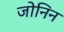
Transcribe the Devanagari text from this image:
जोनिन